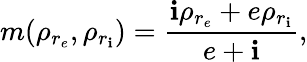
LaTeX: m(\rho_{r_{e}},\rho_{r_{\mathbf{i}}})=\frac{{\mathbf{i}\rho_{r_{e}}+e\rho_{r_{\mathbf{i}}}}}{{e+\mathbf{i}}},